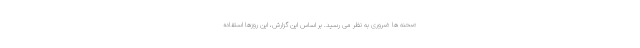
صحنه ها ضروری به نظر می رسید. بر اساس این گزارش، این روزها استفاده